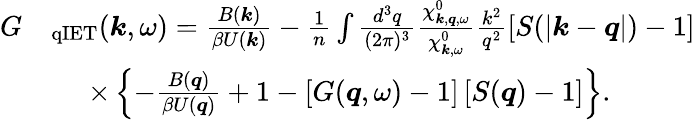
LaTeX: \begin{array}{rl}{G}&{_{\mathrm{qIET}}(\boldsymbol{k},\omega)=\frac{{B}(\boldsymbol{k})}{\beta{U}(\boldsymbol{k})}-\frac{1}{n}\int\frac{d^{3}q}{(2\pi)^{3}}\frac{\chi_{\boldsymbol{k},\boldsymbol{q},\omega}^{0}}{\chi_{\boldsymbol{k},\omega}^{0}}\frac{k^{2}}{q^{2}}\left[S(|\boldsymbol{k}-\boldsymbol{q}|)-1\right]}\\ &{\, \, \quad\times\left\{ -\frac{B(\boldsymbol{q})}{\beta{U}(\boldsymbol{q})}+1-\left[G(\boldsymbol{q},\omega)-1\right]\left[S(\boldsymbol{q})-1\right]\right\} .}\end{array}